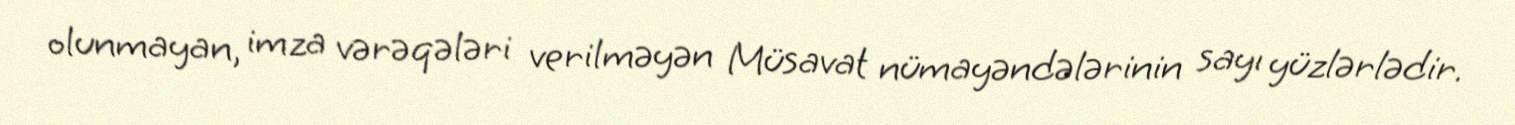
olunmayan, imza vərəqələri verilməyən Müsavat nümayəndələrinin sayı yüzlərlədir.